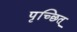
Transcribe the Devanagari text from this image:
पृच्छित्